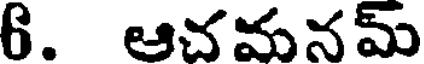
6. ఆచమనమ్